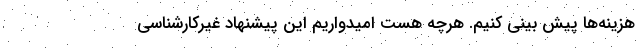
هزینه‌ها پیش بینی کنیم. هرچه هست امیدواریم این پیشنهاد غیرکارشناسی